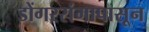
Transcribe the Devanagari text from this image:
डोंगररांगापासून